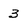
Character: 3